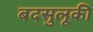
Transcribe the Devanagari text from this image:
बदसुलूकी